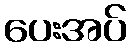
ပေးအပ်